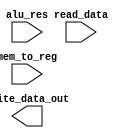
module write_back (

    input mem_to_reg,
    input [31:0] alu_res,
    input [31:0] read_data,

    output [31:0] write_data_out

);

    // Write your code below.

endmodule